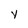
Character: y